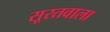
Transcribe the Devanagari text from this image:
सूरतवाला